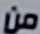
من